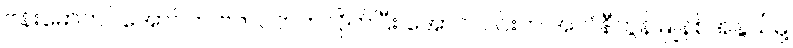
ဗန်းမော်တင်အောင်က ဗကပဘက်လိုက်ပြီး အောင်လင်းက အလံနီကွန်မြူနစ်အနွယ်မို့